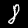
Label: 8